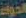
الذوق